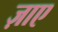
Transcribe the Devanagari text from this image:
ज़ाए